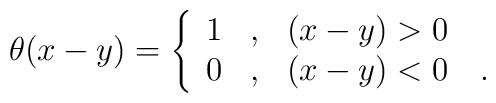
\theta(x-y) = \left\{ \begin{array}{ccl}                   1 & , & (x-y) > 0 \\                  0 & , & (x-y) < 0 \quad . \end{array} \right.